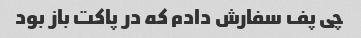
چی پف سفارش دادم که در پاکت باز بود